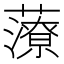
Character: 𧀪